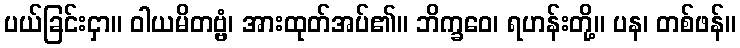
ပယ်ခြင်းငှာ။ ဝါယမိတဗ္ဗံ၊ အားထုတ်အပ်၏။ ဘိက္ခဝေ၊ ရဟန်းတို့။ ပန၊ တစ်ဖန်။